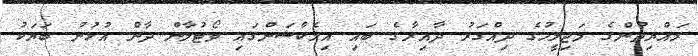
ރައްޔިތުންގެ މަޖިލީހުގެ ދިއްގަރު ދާއިރާގެ ބައި އިލެކްޝަންގައި ވޯޓުލާން ދާން އުޅުނު ބަޔަކު